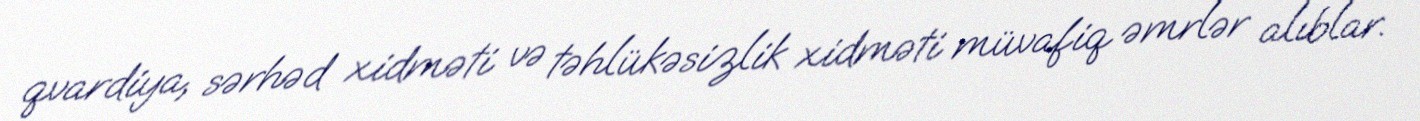
qvardiya, sərhəd xidməti və təhlükəsizlik xidməti müvafiq əmrlər alıblar.